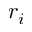
r _ { i }